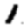
Digit: 1